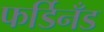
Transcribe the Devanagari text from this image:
फर्डिनँड